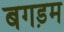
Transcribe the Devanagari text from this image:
बगड़म